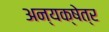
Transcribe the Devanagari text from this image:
अन्यक्षेत्र